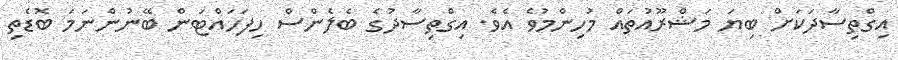
އިގްތިސާދަކަށް ބިޔަ މަޝްރޫއުތައް މުހިންމުވެ އެވެ. އިގްތިސާދުގެ ބެލެންސް ހިފަހައްޓަން ބޭނުންނަމަ ބޮޑެތި